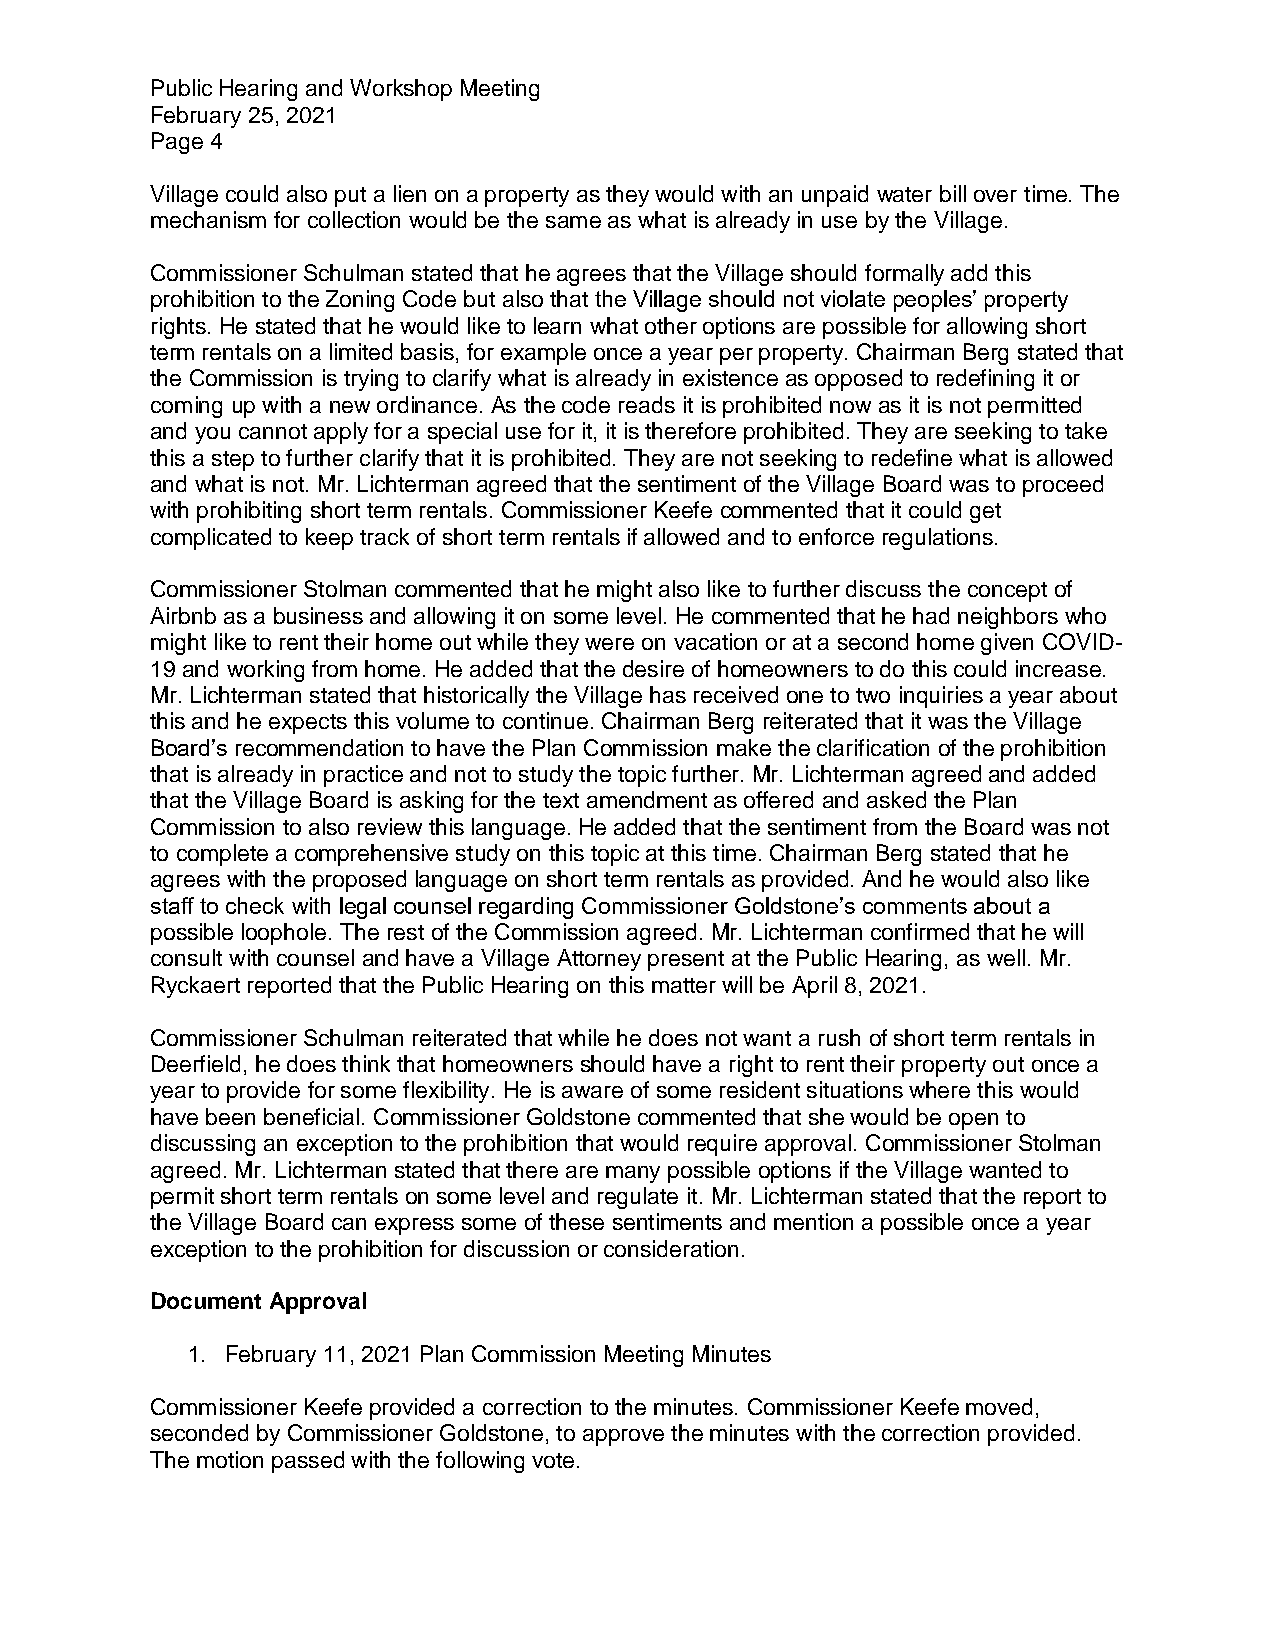
Public Hearing and Workshop Meeting
 February 25, 2021
 Page 4
 Village could also put a lien on a property as they would with an unpaid water bill over time. The
 mechanism for collection would be the same as what is already in use by the Village.
 Commissioner Schulman stated that he agrees that the Village should formally add this
 prohibition to the Zoning Code but also that the Village should not violate peoples’ property
 rights. He stated that he would like to learn what other options are possible for allowing short
 term rentals on a limited basis, for example once a year per property. Chairman Berg stated that
 the Commission is trying to clarify what is already in existence as opposed to redefining it or
 coming up with a new ordinance. As the code reads it is prohibited now as it is not permitted
 and you cannot apply for a special use for it, it is therefore prohibited. They are seeking to take
 this a step to further clarify that it is prohibited. They are not seeking to redefine what is allowed
 and what is not. Mr. Lichterman agreed that the sentiment of the Village Board was to proceed
 with prohibiting short term rentals. Commissioner Keefe commented that it could get
 complicated to keep track of short term rentals if allowed and to enforce regulations.
 Commissioner Stolman commented that he might also like to further discuss the concept of
 Airbnb as a business and allowing it on some level. He commented that he had neighbors who
 might like to rent their home out while they were on vacation or at a second home given COVID-
 19 and working from home. He added that the desire of homeowners to do this could increase.
 Mr. Lichterman stated that historically the Village has received one to two inquiries a year about
 this and he expects this volume to continue. Chairman Berg reiterated that it was the Village
 Board’s recommendation to have the Plan Commission make the clarification of the prohibition
 that is already in practice and not to study the topic further. Mr. Lichterman agreed and added
 that the Village Board is asking for the text amendment as offered and asked the Plan
 Commission to also review this language. He added that the sentiment from the Board was not
 to complete a comprehensive study on this topic at this time. Chairman Berg stated that he
 agrees with the proposed language on short term rentals as provided. And he would also like
 staff to check with legal counsel regarding Commissioner Goldstone’s comments about a
 possible loophole. The rest of the Commission agreed. Mr. Lichterman confirmed that he will
 consult with counsel and have a Village Attorney present at the Public Hearing, as well. Mr.
 Ryckaert reported that the Public Hearing on this matter will be April 8, 2021.
 Commissioner Schulman reiterated that while he does not want a rush of short term rentals in
 Deerfield, he does think that homeowners should have a right to rent their property out once a
 year to provide for some flexibility. He is aware of some resident situations where this would
 have been beneficial. Commissioner Goldstone commented that she would be open to
 discussing an exception to the prohibition that would require approval. Commissioner Stolman
 agreed. Mr. Lichterman stated that there are many possible options if the Village wanted to
 permit short term rentals on some level and regulate it. Mr. Lichterman stated that the report to
 the Village Board can express some of these sentiments and mention a possible once a year
 exception to the prohibition for discussion or consideration.
 Document Approval
 1. February 11, 2021 Plan Commission Meeting Minutes
 Commissioner Keefe provided a correction to the minutes. Commissioner Keefe moved,
 seconded by Commissioner Goldstone, to approve the minutes with the correction provided.
 The motion passed with the following vote.